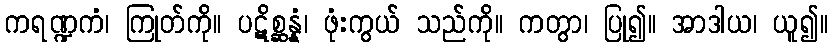
ကရဏ္ဍကံ၊ ကြုတ်ကို။ ပဋိစ္ဆန္နံ၊ ဖုံးကွယ် သည်ကို။ ကတွာ၊ ပြု၍။ အာဒါယ၊ ယူ၍။